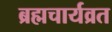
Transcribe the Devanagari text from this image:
ब्रह्मचार्यव्रत